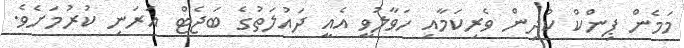
މަމެން ޕިންކް ކުދިން ވެރިކަމާއި ހަވާލުވީ އެއީ ދައުލަތުގެ ބަޖެޓް އަރަނި ކުރުމަށެވެ.